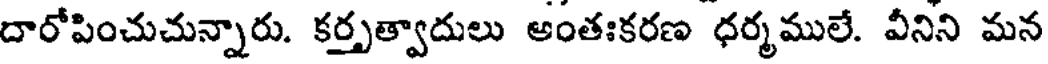
దారోపించుచున్నారు. కర్తృత్వాదులు అంతఃకరణ ధర్మములే. వీనిని మన